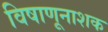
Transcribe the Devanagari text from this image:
विषाणूनाशक